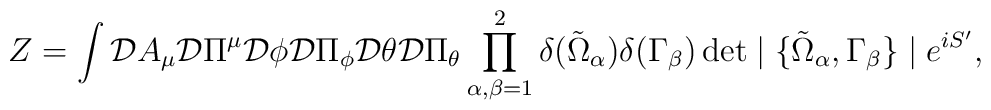
Z =  \int  {\cal D} A_\mu {\cal D} \Pi^\mu               {\cal D} \phi {\cal D} \Pi_\phi               {\cal D} \theta {\cal D} \Pi_\theta		  \prod_{\alpha,\beta = 1}^{2}			\delta(\tilde{\Omega}_\alpha) \delta(\Gamma_\beta)		  \det \mid \{\tilde{\Omega}_\alpha,\Gamma_\beta\} \mid		  e^{iS'},